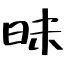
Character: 昧